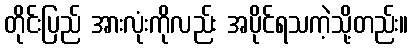
တိုင်းပြည် အားလုံးကိုလည်း အပိုင်ရသကဲ့သို့တည်း။